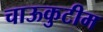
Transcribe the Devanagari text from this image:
चाऊकुटीम